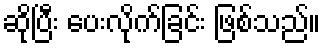
ဆိုပြီး ပေးလိုက်ခြင်း ဖြစ်သည်။